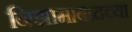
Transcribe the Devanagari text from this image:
निझामाबादच्या